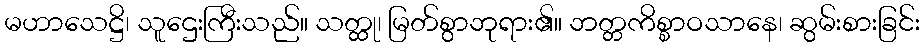
မဟာသေဋ္ဌိ၊ သူဌေးကြီးသည်။ သတ္ထု၊ မြတ်စွာဘုရား၏။ ဘတ္တကိစ္စာဝသာနေ၊ ဆွမ်းစားခြင်း